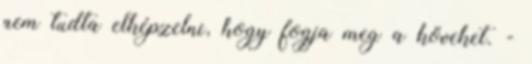
nem tudta elképzelni, hogy fogja meg a köveket. -